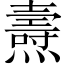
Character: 燾